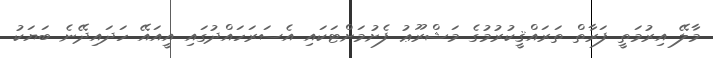
މާލޭ އިރުމަތީ ފަރާތް ތަރައްޤީކުރުމުގެ މަޝްރޫޢު ފެށުމަށްޓަކައި އެސަރަހައްދުގައި އީއައޭ ހަދައިދޭނެ ބަޔަކު